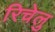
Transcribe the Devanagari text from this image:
रिचेलु